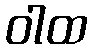
ဝါထ